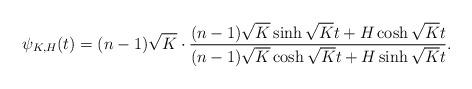
LaTeX: \begin{align*}\psi_{K,H}(t)=(n-1)\sqrt K\cdot\frac{(n-1)\sqrt K\sinh\sqrt Kt+H\cosh\sqrt Kt}{(n-1)\sqrt K\cosh\sqrt Kt+H\sinh\sqrt Kt}.\end{align*}